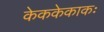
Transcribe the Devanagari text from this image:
केककेकाकः